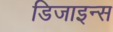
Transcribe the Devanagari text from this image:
डिजाइन्स